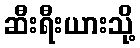
ဆီးရီးယားသို့